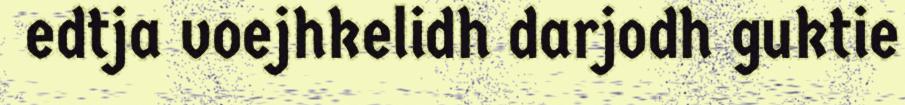
edtja voejhkelidh darjodh guktie